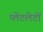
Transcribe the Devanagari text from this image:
प्‍लेटलेटों